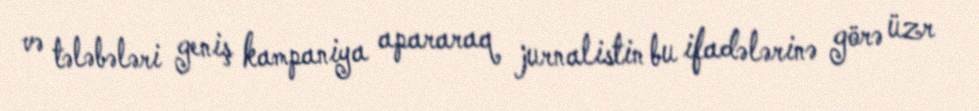
və tələbələri geniş kampaniya apararaq jurnalistin bu ifadələrinə görə üzr